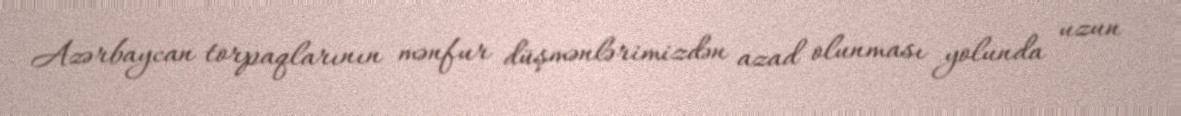
Azərbaycan torpaqlarının mənfur düşmənlərimizdən azad olunması yolunda uzun